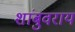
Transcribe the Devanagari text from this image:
शांबुवराय